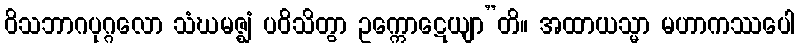
ဝိသဘာဂပုဂ္ဂလော သံဃမဇ္ဈံ ပဝိသိတွာ ဥက္ကောဋေယျာ”တိ။ အထာယသ္မာ မဟာကဿပေါ